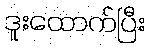
ဒူးထောက်ပြီး